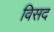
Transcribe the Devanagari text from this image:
विसद